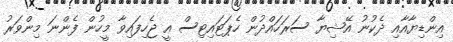
އިންޑިޔާއާއި ދެކުނު އޭޝިޔާ ސަރަހައްދުން ހެޕަޓައިޓިސް އީ ޖެހިފައިވާ މީހުން ފެންނަ މިންވަރު